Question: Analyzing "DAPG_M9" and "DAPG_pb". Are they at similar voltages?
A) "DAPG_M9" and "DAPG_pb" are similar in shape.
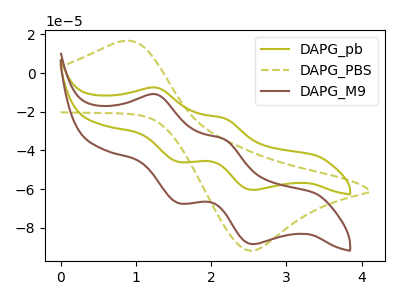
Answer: <think>The olive curve "DAPG_pb" has anodic peaks at (1.25V, -7.55uA) (2.20V, -23.40uA) and cathodic peaks at (1.55V, -46.00uA) (2.55V, -60.45uA). The olive dashed curve "DAPG_PBS" has an anodic peak at (0.80V, 16.50uA) and a cathodic peak at (2.50V, -91.90uA). The brown curve "DAPG_M9" has anodic peaks at (1.25V, -11.05uA) (2.20V, -34.30uA) and cathodic peaks at (1.55V, -67.30uA) (2.55V, -88.50uA).
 All the peaks in "DAPG_M9" have a peak in "DAPG_pb" at the same potential.</think>
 <answer>A) "DAPG_M9" and "DAPG_pb" are similar in shape.</answer>
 <eval>A</eval>